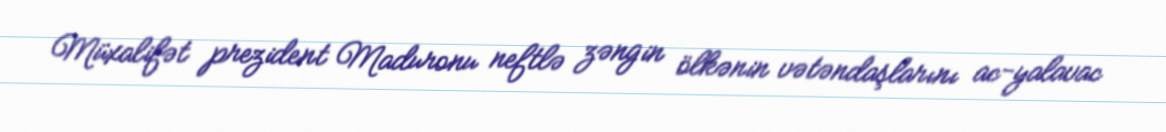
Müxalifət prezident Maduronu neftlə zəngin ölkənin vətəndaşlarını ac-yalavac